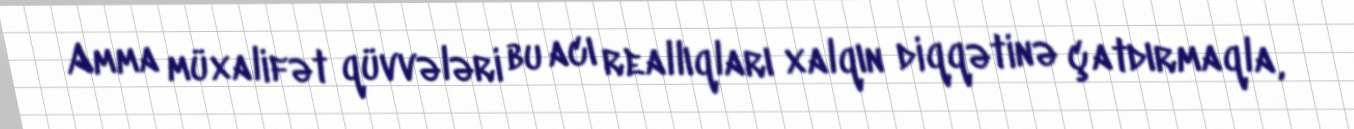
Amma müxalifət qüvvələri bu acı reallıqları xalqın diqqətinə çatdırmaqla,